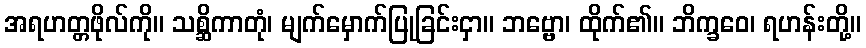
အရဟတ္တဖိုလ်ကို။ သစ္ဆိကာတုံ၊ မျက်မှောက်ပြုခြင်းငှာ။ ဘဗ္ဗော၊ ထိုက်၏။ ဘိက္ခဝေ၊ ရဟန်းတို့။